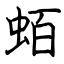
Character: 蛨